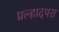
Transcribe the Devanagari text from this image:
प्रल्हादपरा